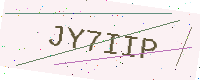
Text: JY7IIP